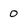
Character: 0